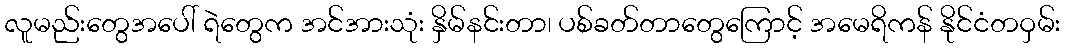
လူမည်းတွေအပေါ် ရဲတွေက အင်အားသုံး နှိမ်နင်းတာ၊ ပစ်ခတ်တာတွေကြောင့် အမေရိကန် နိုင်ငံတဝှမ်း